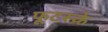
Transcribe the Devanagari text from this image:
फूटस्क्रे